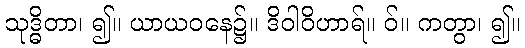
သုဒ္ဓိတာ၊ ၍။ ယာယဝနေ၌။ ဒိဝါဝိဟာရ်။ ဝ်။ ကတွာ၊ ၍။